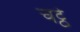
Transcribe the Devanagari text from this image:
चट्ठे